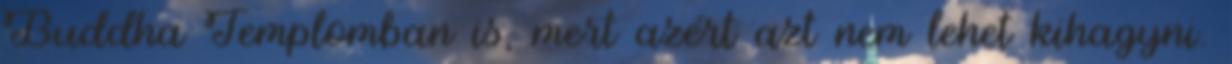
Buddha Templomban is, mert azért azt nem lehet kihagyni.